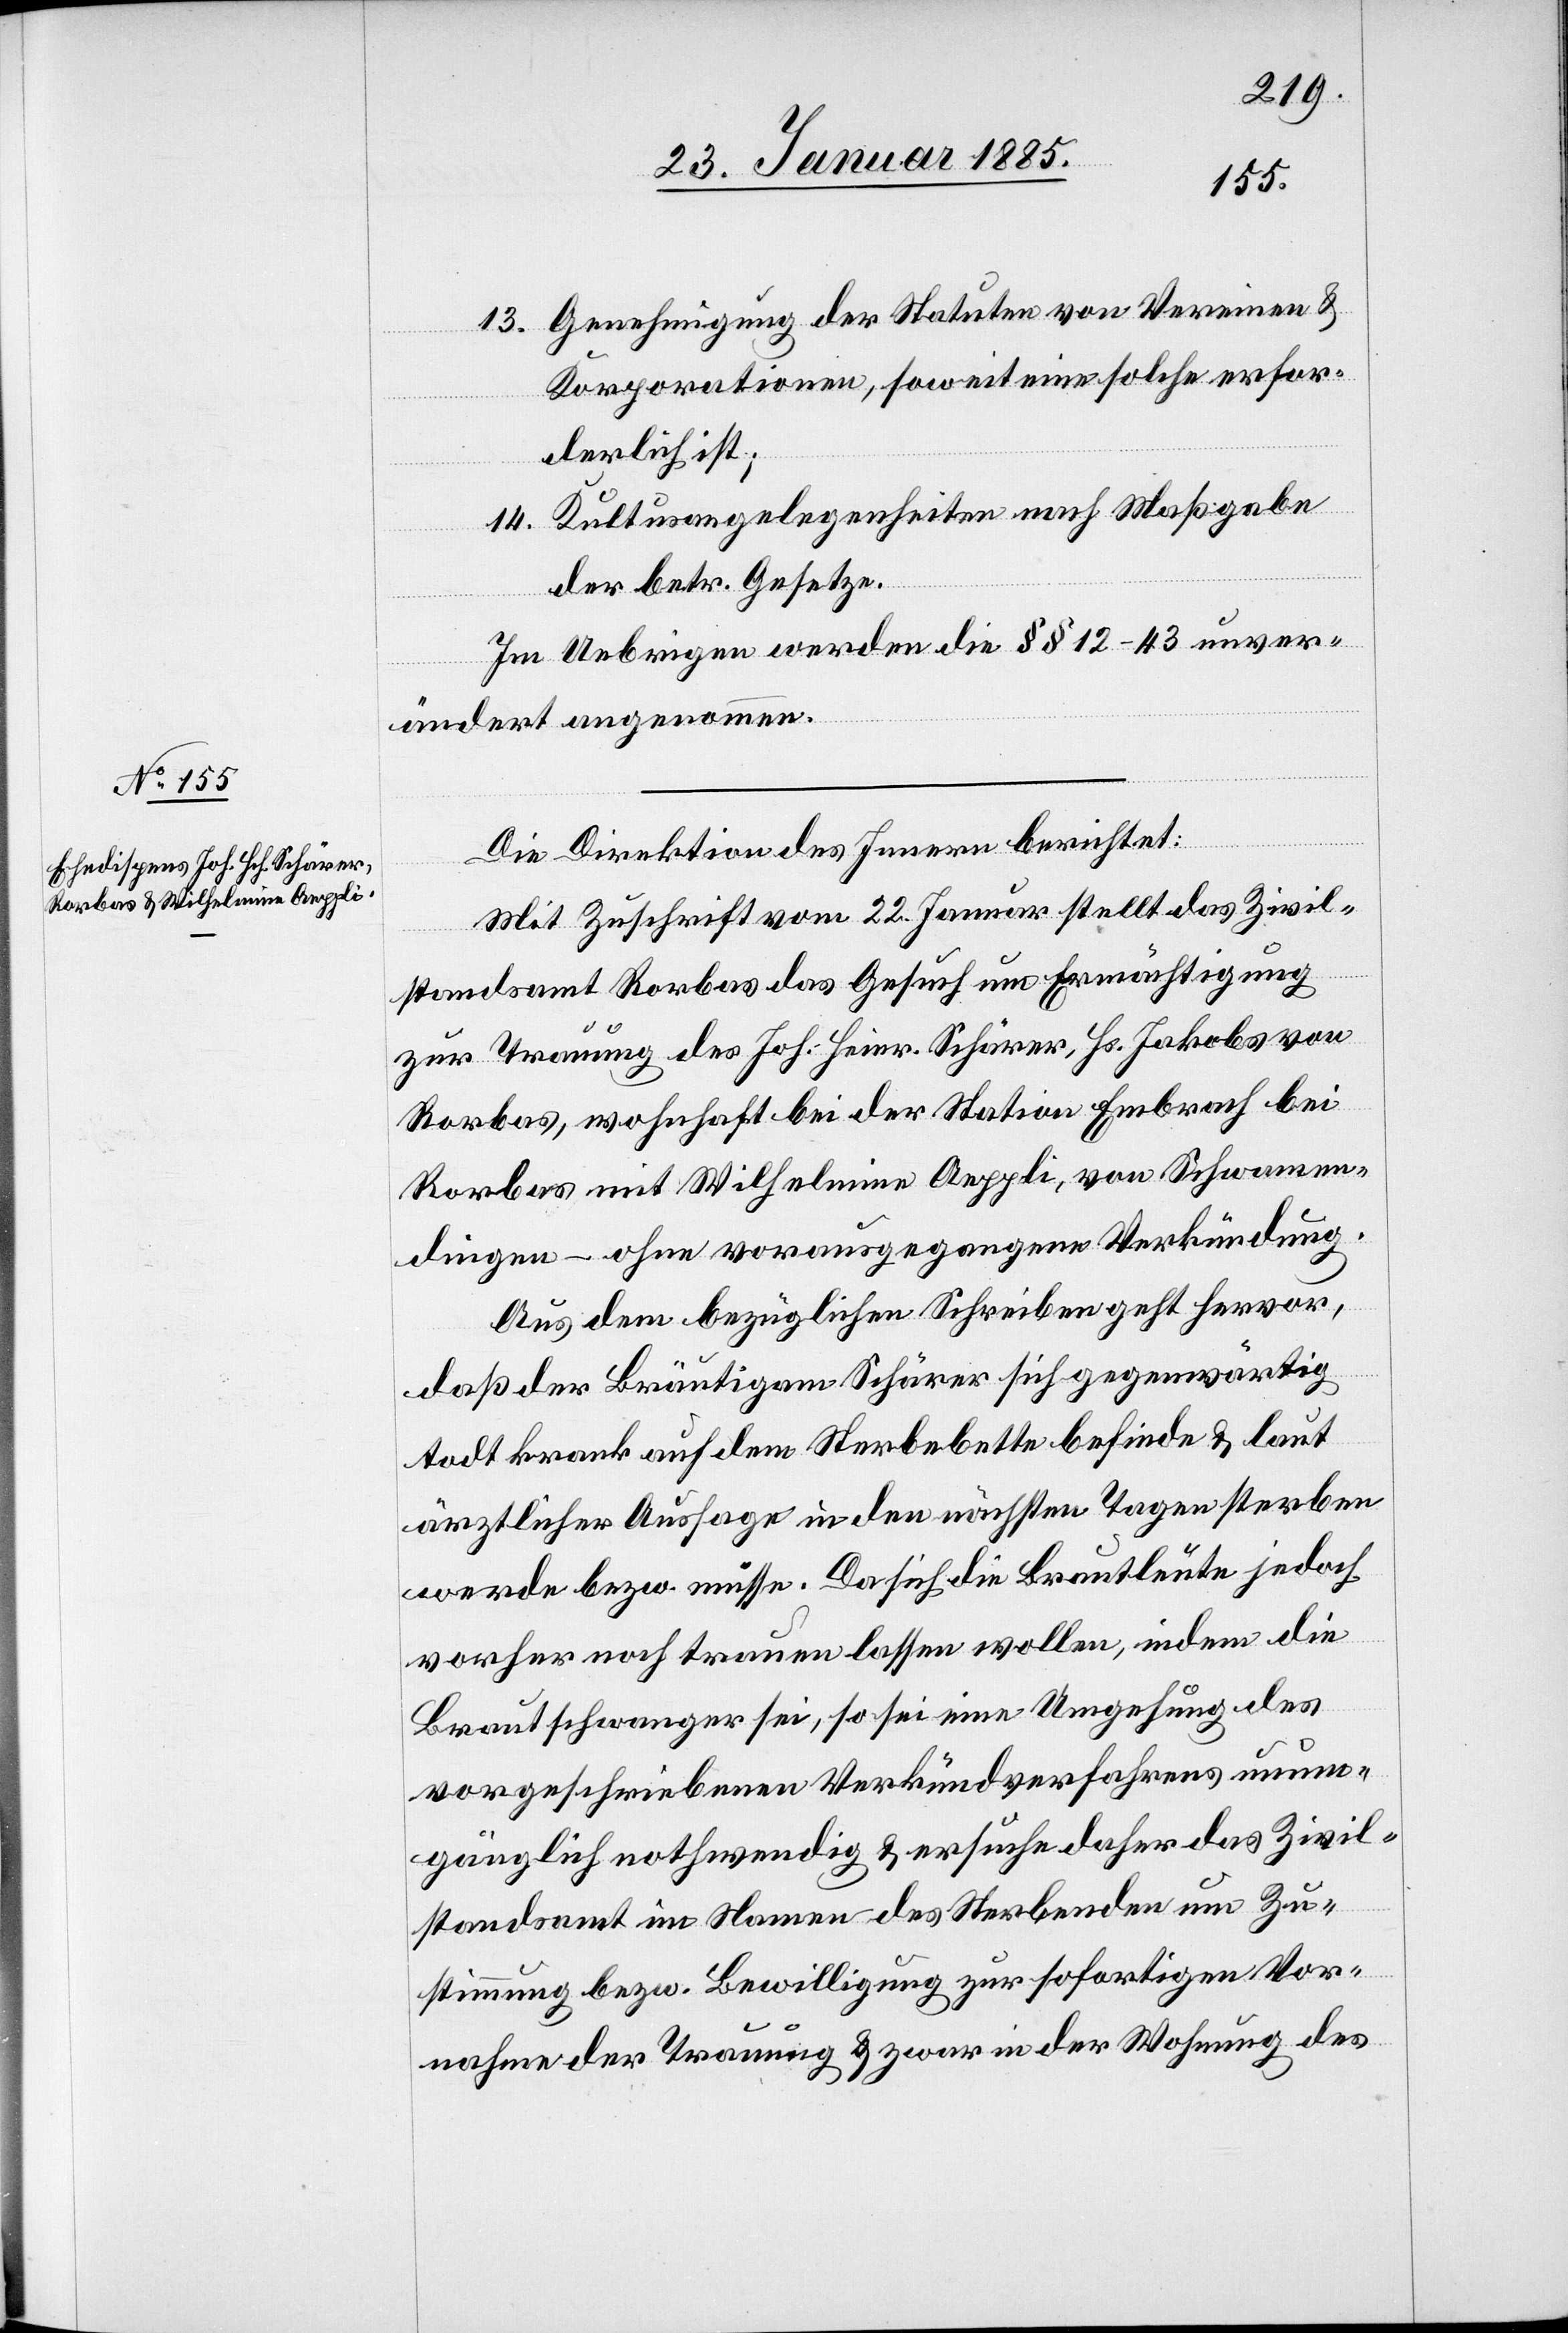
13. Genehmigung der Statuten von Vereinen &
Korporationen, soweit eine solche erfor¬
derlich ist;
Kultusangelegenheiten nach Maßgabe
14.
der betr. Gesetze.
Im Uebrigen werden die §§ 12–43 unver¬
ändert angenommen.
Die Direktion des Innern berichtet:
Mit Zuschrift vom 22. Januar stellt das Zivil¬
standsamt Rorbas das Gesuch um Ermächtigung
zur Trauung des Joh. Heinr. Schärer, Hs. Jakobs von
Rorbas, wohnhaft bei der Station Embrach bei
Rorbas mit Wilhelmine Aeppli, von Schwamen¬
dingen – ohne vorausgegangener Verkündung.
Aus dem bezüglichen Schreiben geht hervor,
daß der Bräutigam Schärer sich gegenwärtig
todt krank auf dem Sterbebette befinde & laut
ärztlicher Aussage in den nächsten Tagen sterben
werde bezw. müsse. Da sich die Brautleute jedoch
vorher noch trauen lassen wollen, indem die
Braut schwanger sei, so sei eine Umgehung des
vorgeschriebenen Verkündverfahrens unum¬
gänglich nothwendig & ersuche daher das Zivil¬
standsamt im Namen des Sterbenden um Zu¬
stimmung bezw. Bewilligung zur sofortigen Vor¬
nahme der Trauung & zwar in der Wohnung des